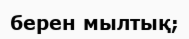
берен мылтық;